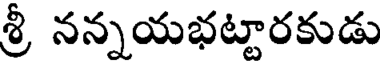
శ్రీ నన్నయభట్టారకుడు